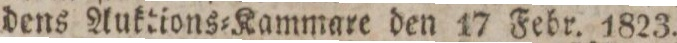
dens Auktions=Kammare den 17 Febr. 1823.